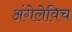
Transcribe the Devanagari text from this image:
अंगेलेविच